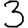
Digit: 3